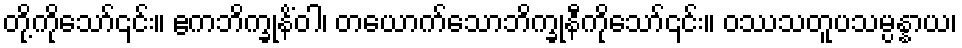
တို့ကိုသော်၎င်း။ ဧကဘိက္ခုနိံဝါ၊ တယောက်သောဘိက္ခုနီကိုသော်၎င်း။ ဝဿသတူပသမ္ပန္နာယ၊